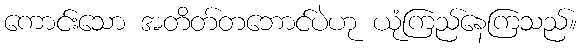
ကောင်းသော အတိတ်တဘောင်ပဲဟု ယုံကြည်နေကြသည်။